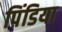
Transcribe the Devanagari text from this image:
पिंडिया